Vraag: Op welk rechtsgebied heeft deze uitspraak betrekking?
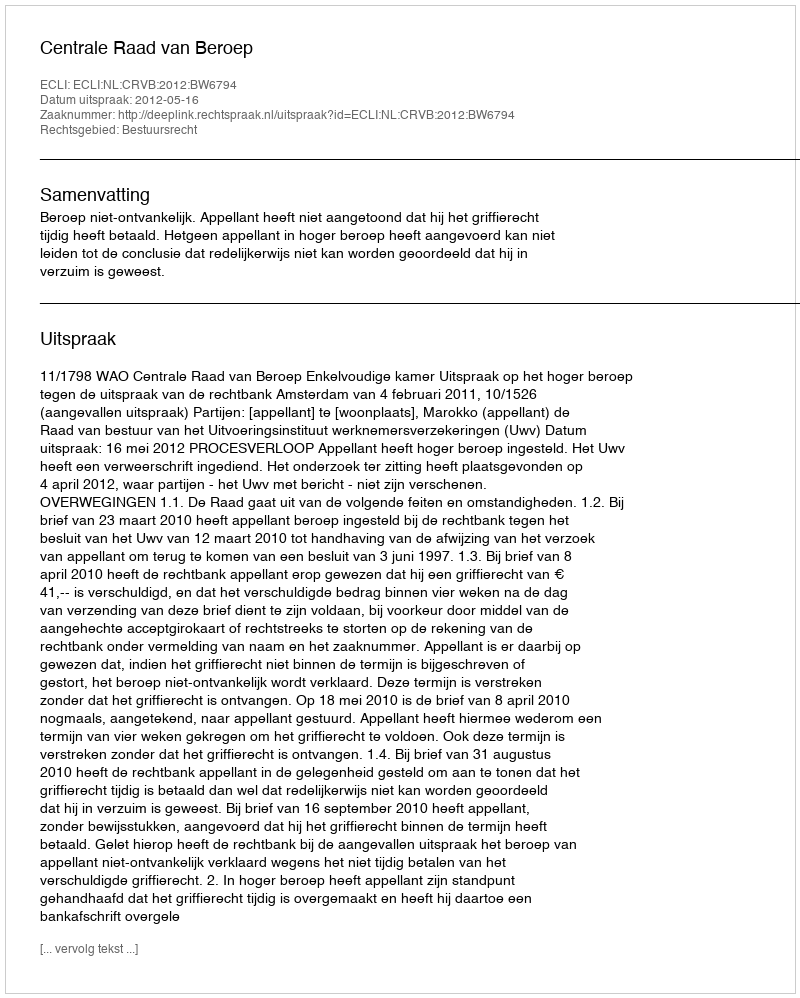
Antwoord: Bestuursrecht